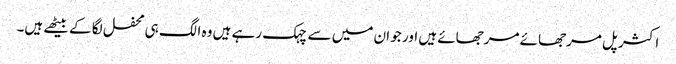
اکثر پل مرجھائے مرجھائے ہیں اور جو ان میں سے چہک رہے ہیں وہ الگ ہی محفل لگا کے بیٹھے ہیں۔